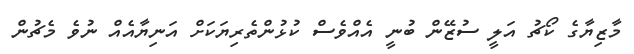
މާޒިޔާގެ ކޯޗު އަލީ ސުޒޭން ބުނީ އެއްވެސް ކުޅުންތެރިޔަކަށް އަނިޔާއެއް ނުވެ މެޗުން